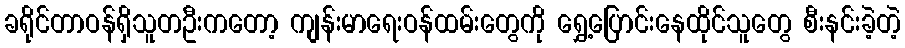
ခရိုင်တာဝန်ရှိသူတဦးကတော့ ကျန်းမာရေးဝန်ထမ်းတွေကို ရွှေ့ပြောင်းနေထိုင်သူတွေ စီးနင်းခဲ့တဲ့